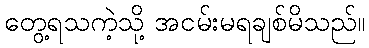
တွေ့ရသကဲ့သို့ အငမ်းမရချစ်မိသည်။